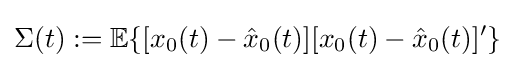
\Sigma (t):=\mathbb {E} \{[x_{0}(t)-{\hat {x}}_{0}(t)][x_{0}(t)-{\hat {x}}_{0}(t)]'\}